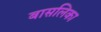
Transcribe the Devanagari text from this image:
बासलिका